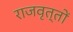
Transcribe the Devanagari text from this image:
राजवृत्तों